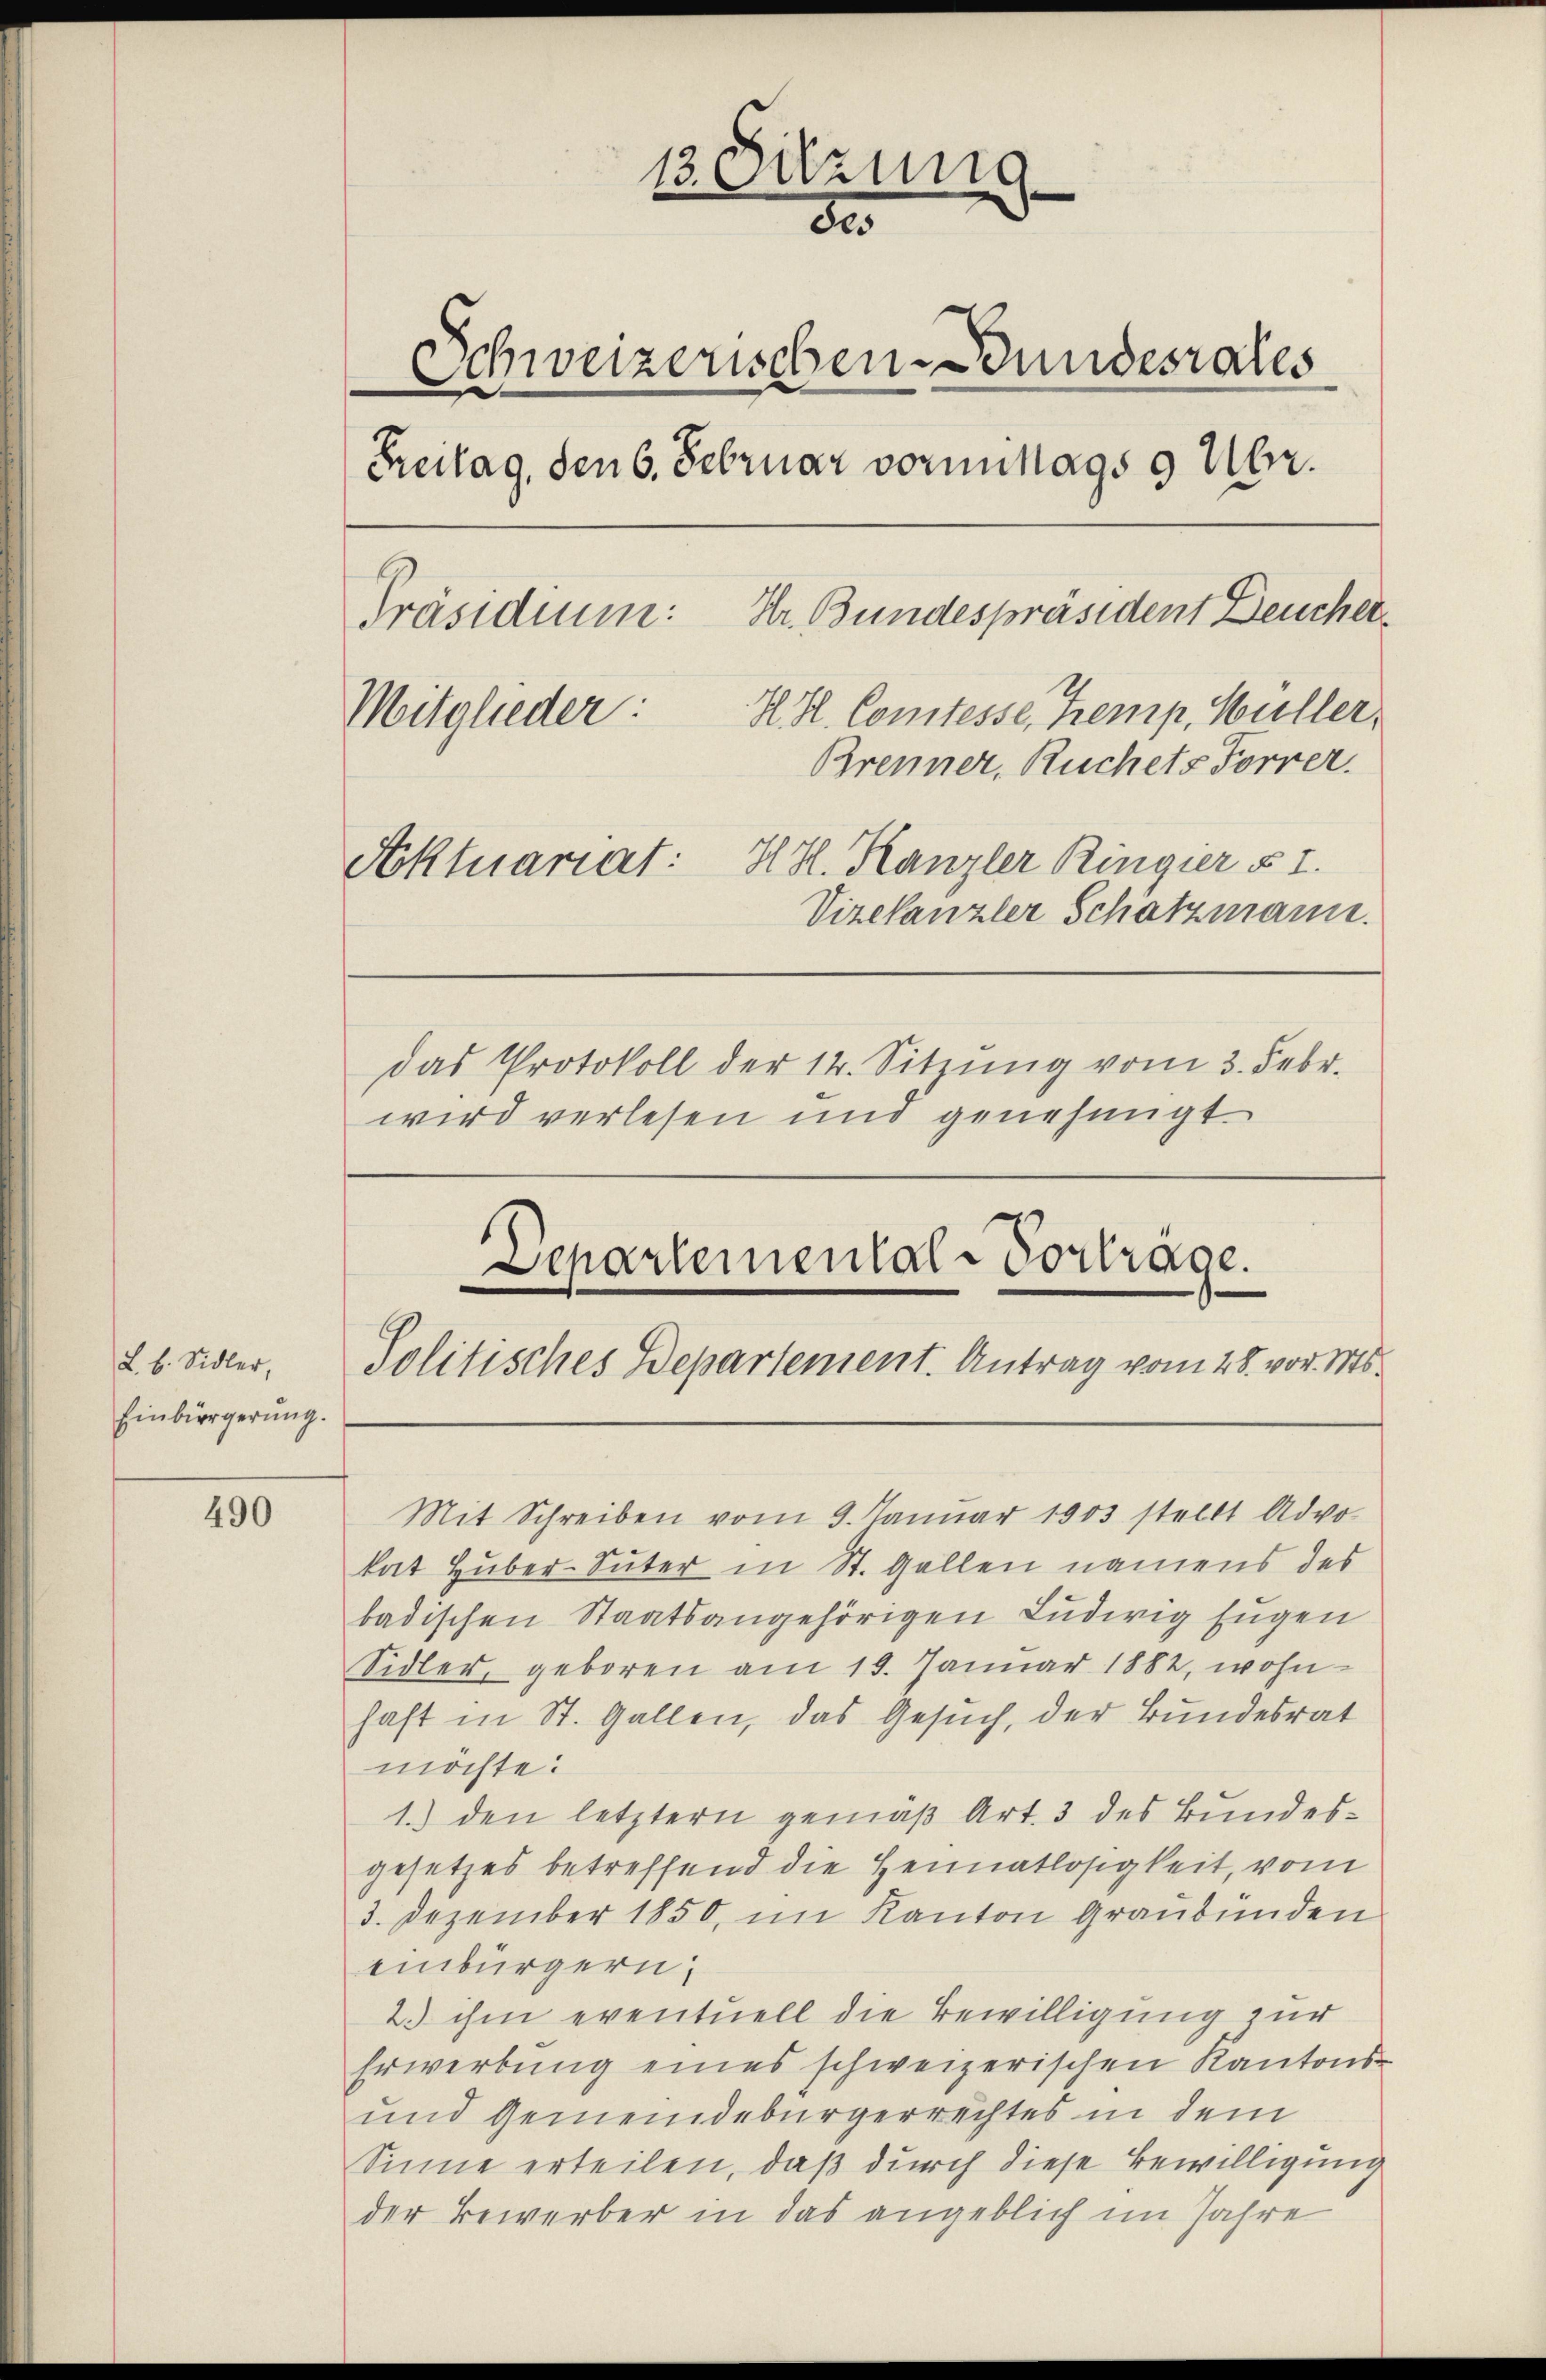
L. b. Sidler,
Einbürgerung.

490

13. Setzung
e
80
Schweizerischen Bundesrates
Freitag, den 6. Februar vormittags 9 Uhr.
Hr. Bundespräsident Deucher
Präsidium:
H. H. Comtesse, Temp, Hüller,
Mitglieder
Brenner, Ruchets Forrer.
HH. Kanzler Ringier § I.
Aktuariat:
Vizekanzler Schatzmann.
das Protokoll der 14. Sitzŭng vom 3. Febr.
wird verlesen und genehmigt.

Departemental-Vortrage.
Politisches Departement. Antrag vom 28. vor. Mts.

Mit Schreiben vom 9. Januar 1903 stellt Advo
kat Huber-Suter in St. Gallen namens des
badischen Staatsangehörigen Ludwig Eugen
Sidler, geboren am 19. Januar 1882, wohnhaft in St. Gallen, das Gesuch, der Bundesrat
möchte:
1.) den letztern gemäß Art. 3 des Bundesgesetzes betreffend die Heimatlosigkeit, vom
3. Dezember 1850, im Kanton Graubünden
einbürgern,
2. ihm eventuell die Bewilligung zur
Erwerbung eines schweizerischen Kantons¬
und Gemeindebürgerrechtes in dem
Sinne erteilen, daß durch diese Bewilligung
der Bewerber in das angeblich im Jahre